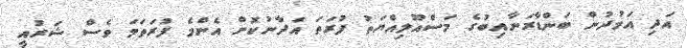
އަދި އަމުދުން ބަންޑާރަނާއިބުގެ މަސްއޫލިއްޔަތު ފުރަތަ އަދާނުކޮށް އެންމެ ފުރަތަމަ ވެސް ޝަރުއީ